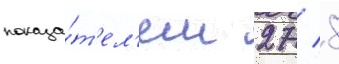
показа́т'ел'ем 27 / 8